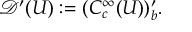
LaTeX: { \mathcal { D } } ^ { \prime } ( U ) : = ( C _ { c } ^ { \infty } ( U ) ) _ { b } ^ { \prime } .